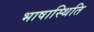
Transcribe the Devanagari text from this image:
भाषास्थिति